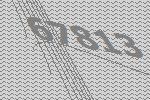
67813